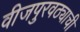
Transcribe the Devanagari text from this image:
वीजपुरवठ्याची